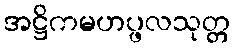
အဋ္ဌိကမဟပ္ဖလသုတ္တ